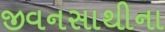
જીવનસાથીના